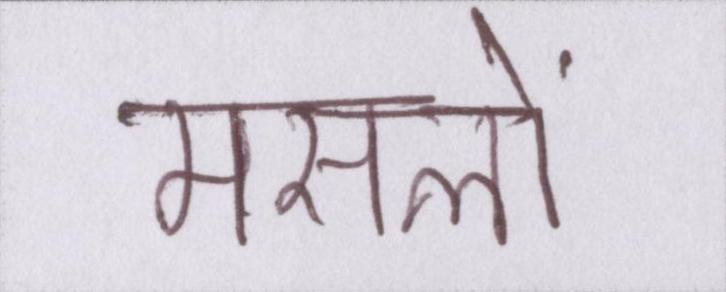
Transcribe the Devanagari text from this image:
मसलों